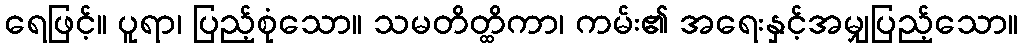
ရေဖြင့်။ ပူရာ၊ ပြည့်စုံသော။ သမတိတ္ထိကာ၊ ကမ်း၏ အရေးနှင့်အမျှပြည့်သော။